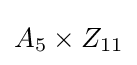
A_{5}\times Z_{11}